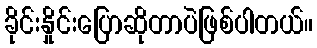
ခိုင်းနှိုင်းပြောဆိုတာပဲဖြစ်ပါတယ်။